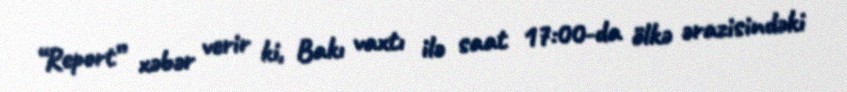
“Report” xəbər verir ki, Bakı vaxtı ilə saat 17:00-da ölkə ərazisindəki